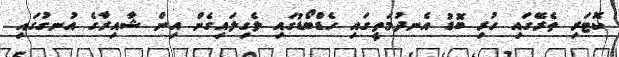
ކޮޓަރި ތެރޭގައި ހުރި ބޮޑު އެނދުމަތީގައި ހެޑްބޯޑުގައި ލެގިލައިގެން އިން ޝާއިރާގެ އުނގުގައި